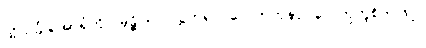
ထိုသင်္ခါရအာရုံကို။ မုဉ္စိုယ။ လွှတ်၍။ ဂေါတြဘုနာ၊ ဂေါတြဘူစိတ်ဖြင့်။